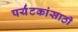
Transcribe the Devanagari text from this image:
पर्यंटकांसाठी